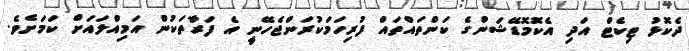
ދެކޮޅު ޓިކެޓް އަދި އެކޮމޮޑޭޝަންގެ ކަންތައްތައް ފުރިހަމަކުރަންޖެހޭނީ އެ ފަރާތަކުން އަމިއްލައަށް ކަމަށެެވެ.